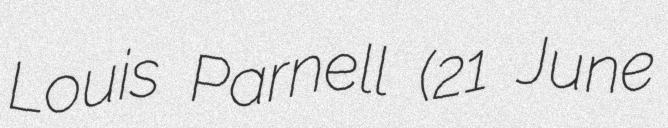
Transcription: Louis Parnell (21 June